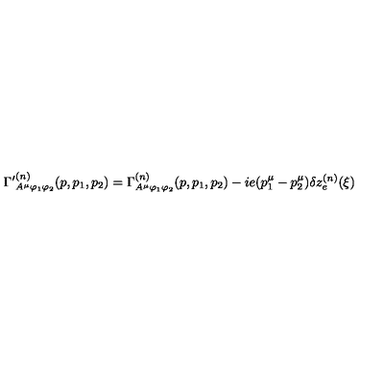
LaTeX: { \Gamma ^ { \prime } } _ { A ^ { \mu } \varphi _ { 1 } \varphi _ { 2 } } ^ { ( n ) } ( p , p _ { 1 } , p _ { 2 } ) = \Gamma _ { A ^ { \mu } \varphi _ { 1 } \varphi _ { 2 } } ^ { ( n ) } ( p , p _ { 1 } , p _ { 2 } ) - i e ( p _ { 1 } ^ { \mu } - p _ { 2 } ^ { \mu } ) \delta z _ { e } ^ { ( n ) } ( \xi )